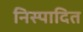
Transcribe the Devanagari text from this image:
निस्पादित